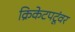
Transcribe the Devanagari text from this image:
क्रिकेटपटूंवर